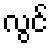
လွင်